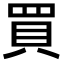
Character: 買